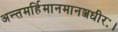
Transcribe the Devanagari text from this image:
अन्तमर्हिमानमानञ्जधीरः।